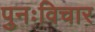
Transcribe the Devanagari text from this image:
पुनःविचार